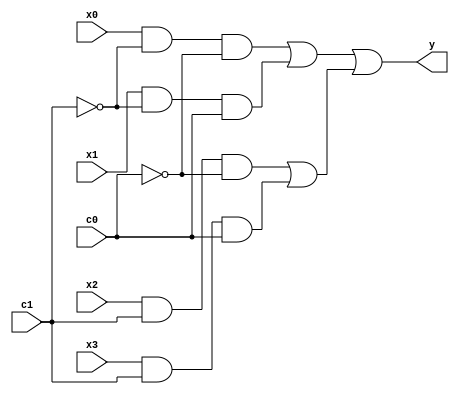
module mux4_1 (y, x0, x1, x2, x3, c1, c0);
    input x0, x1, x2, x3, c1, c0;
    output y;
    
    wire w_A0, w_A1, w_A2, w_A3;
    wire w_r0, w_r2;

    wire w_N1, w_N0;

    not N1(w_N1, c1);
    not N0(w_N0, c0);

    and A0(w_A0, x0, w_N1, w_N0);
    and A1(w_A1, x1, w_N1, c0);
    and A2(w_A2, x2, c1, w_N0);
    and A3(w_A3, x3, c1, c0);

    or r0(w_r0, w_A0, w_A1);
    or r2(w_r2, w_A2, w_A3);
    or r3(y, w_r0, w_r2);
endmodule